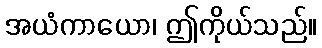
အယံကာယော၊ ဤကိုယ်သည်။